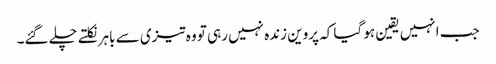
جب انہیں یقین ہو گیا کہ پروین زندہ نہیں رہی تو وہ تیزی سے باہر نکلتے چلے گئے۔